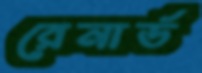
রেনার্ড